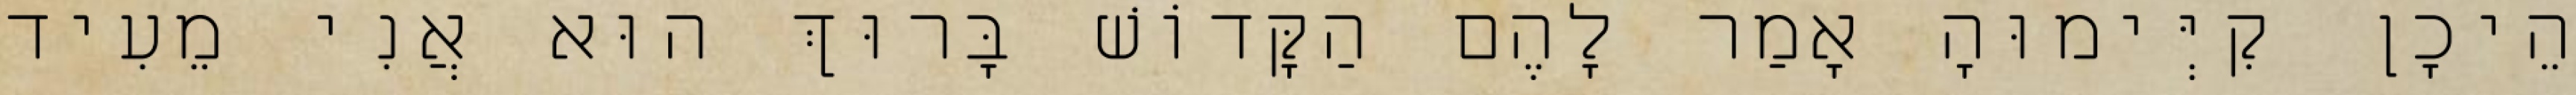
הֵיכָן קִיְּימוּהָ אָמַר לָהֶם הַקָּדוֹשׁ בָּרוּךְ הוּא אֲנִי מֵעִיד